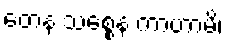
တေန သစ္စေန ကာဟာမိ၊